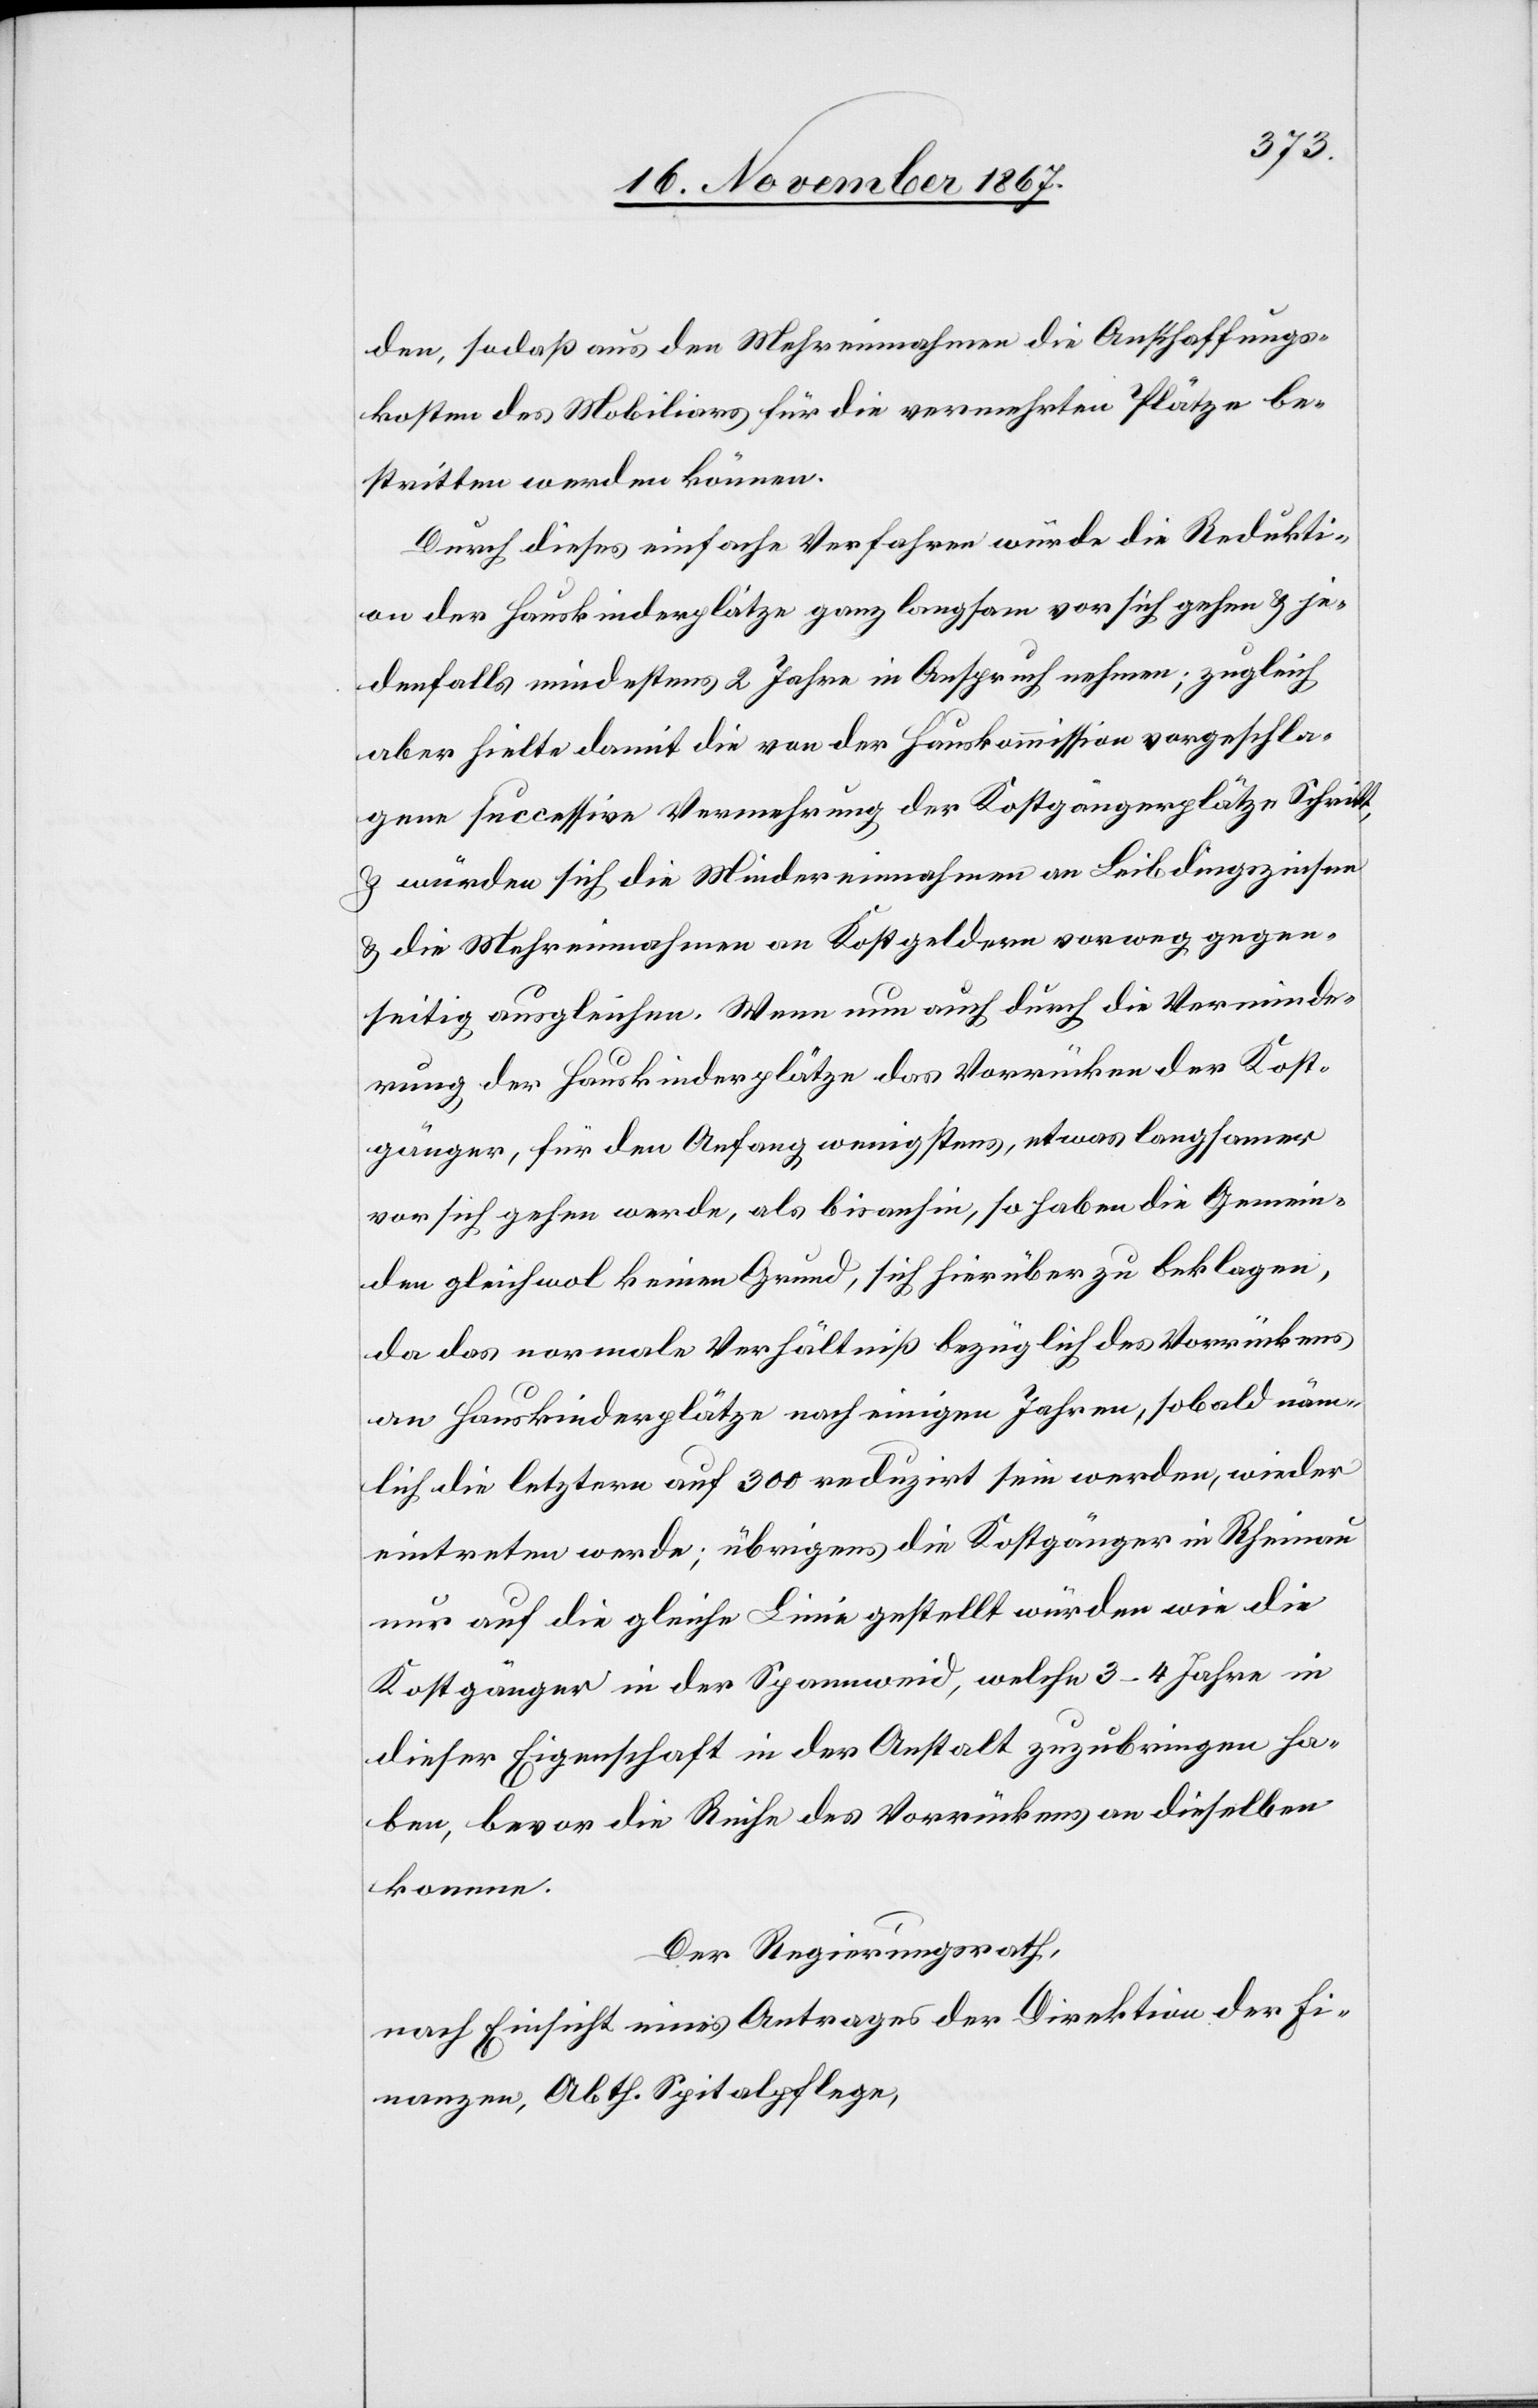
den, sodaß aus den Mehreinnahmen die Anschaffungs¬
kosten des Mobiliars für die vermehrten Plätze be¬
stritten werden können.
Durch dieses einfache Verfahren würde die Redukti¬
on der Hauskinderplätze ganz langsam vor sich gehen u. je¬
denfalls mindestens 2 Jahre in Anspruch nehmen; zugleich
aber hielte damit die von der Hauskommission vorgeschla¬
gene successive Vermehrung der Kostgängerplätze Schritt,
u. würden sich die Mindereinnahmen an Leibdingszinsen
u. die Mehreinnahmen an Kostgeldern vorweg gegen¬
seitig ausgleichen. Wenn nun auch durch die Verminde¬
rung der Hauskinderplätze das Vorrücken der Kost¬
gänger, für den Anfang wenigstens, etwas langsamer
vor sich gehen werde, als bisanhin, so haben die Gemein¬
den gleichwol keinen Grund, sich hierüber zu beklagen,
da das normale Verhältniß bezüglich des Vorrückens
an Hauskinderplätzen nach einigen Jahren, sobald näm¬
lich die letztere auf 300 reduzirt sein werden, wieder
eintreten werde; übrigens die Kostgänger in Rheinau
nur auf die gleiche Linie gestellt würden wie die
Kostgänger in der Spannweid, welche 3–4 Jahre in
dieser Eigenschaft in der Anstalt zuzubringen ha¬
ben, bevor die Reihe des Vorrückens an dieselben
komme.
Der Regierungsrath,
nach Einsicht eines Antrages der Direktion der Fi¬
nanzen, Abth. Spitalpflege,